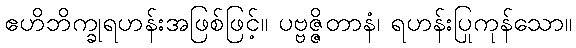
ဧဟိဘိက္ခုရဟန်းအဖြစ်ဖြင့်။ ပဗ္ဗဇ္ဇိတာနံ၊ ရဟန်းပြုကုန်သော။